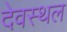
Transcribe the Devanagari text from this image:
देवस्थल